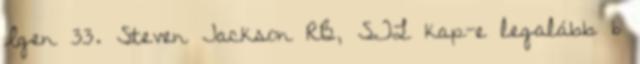
Igen 33. Steven Jackson RB, STL kap-e legalább 6